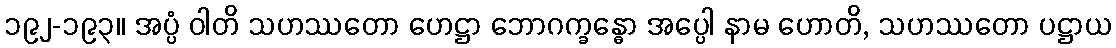
၁၉၂-၁၉၃။ အပ္ပံ ဝါတိ သဟဿတော ဟေဋ္ဌာ ဘောဂက္ခန္ဓော အပ္ပေါ နာမ ဟောတိ, သဟဿတော ပဋ္ဌာယ